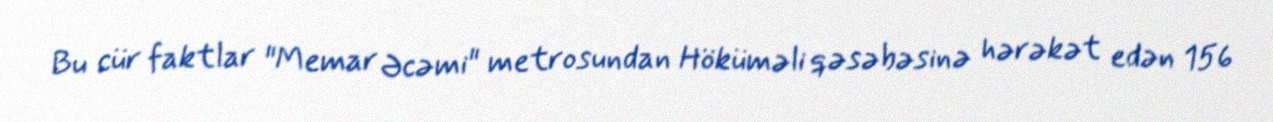
Bu cür faktlar "Memar Əcəmi" metrosundan Höküməli qəsəbəsinə hərəkət edən 156